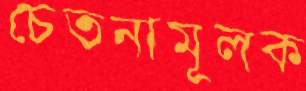
চেতনামূলক